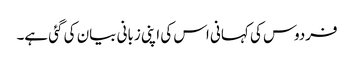
فردوس کی کہانی اس کی اپنی زبانی بیان کی گئی ہے۔